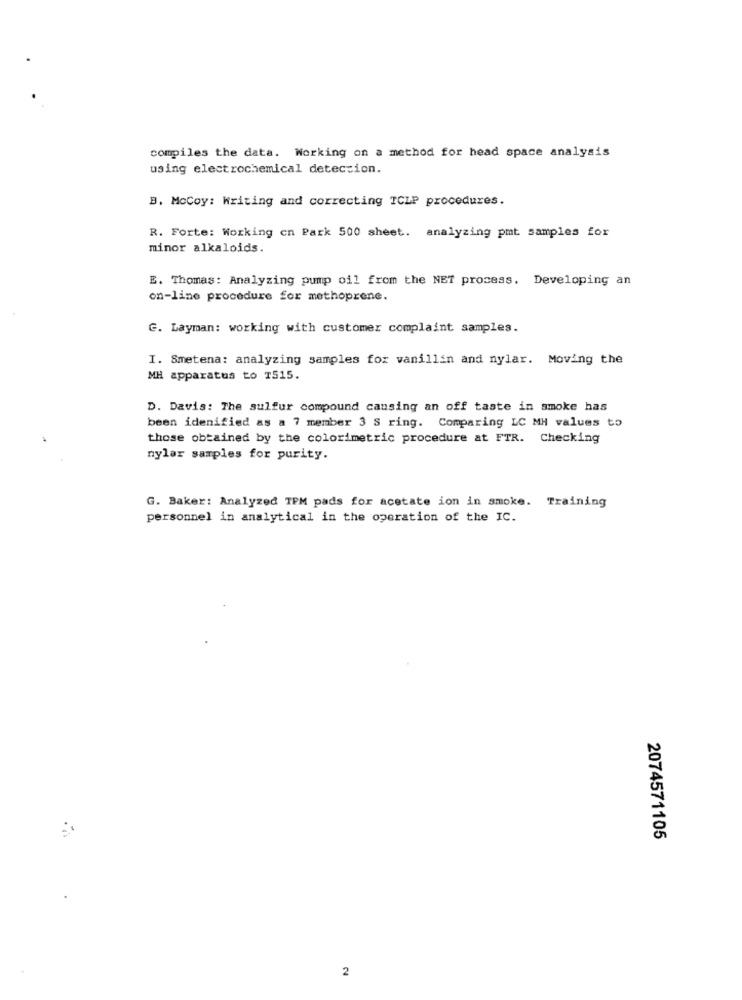
compiles the data. Working on a method for head space analysis
using electrochemical detection.
B. McCoy: Writing and correcting TCLP procedures.
R. Forte: Working en Park 500 sheet. analyzing pmt samples for
minor alkaloids.
E. Thomas: Analyzing pump oil from the NET process. Developing an
on-line procedure for methoprene.
G. Layman: working with customer complaint samples.
I. Smetena: analyzing samples for vanillin and nylar. Moving the
MH apparatus to T515.
D. Davis: The sulfur compound causing an off taste in smoke has
been idenified as a 7 member 3 S ring. Comparing LC MH values to
those obtained by the colorimetric procedure at FTR. Checking
nylar samples for purity.
G. Baker: Analyzed TPM pads for acetate ion in smoke. Training
personnel in analytical in the operation of the IC.
2074571105
2